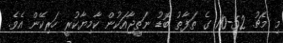
މި މެޗު 52-110 ގެ ތަފާތު ބޮޑު ނަތީޖާއަކުން ކާމިޔާކުރީ ހަރިކޭން އެވެ.